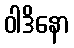
ဝါဒိနော